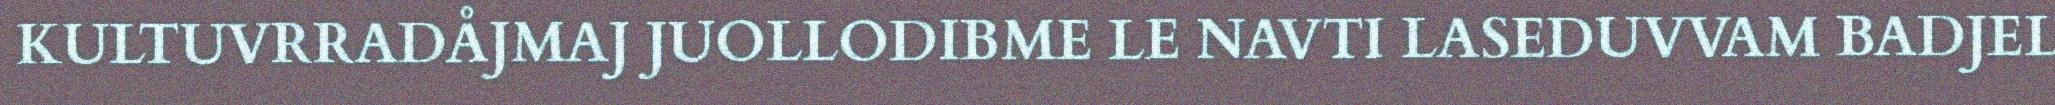
KULTUVRRADÅJMAJ JUOLLODIBME LE NAVTI LASEDUVVAM BADJEL